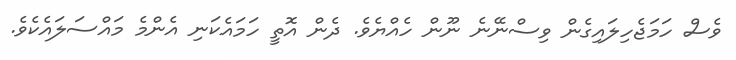
ވެސް ހަމަޖެހިލައިގެން ވިސްނޭނެ ނޫން ހެއްޔެވެ. ދެން އޮތީ ހަމައެކަނި އެންމެ މައްސަލައެކެވެ.